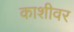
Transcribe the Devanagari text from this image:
काशीवर